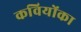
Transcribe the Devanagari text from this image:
कवियोंका